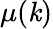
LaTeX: \mu(\mathit{k})